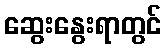
ဆွေးနွေးရာတွင်